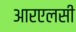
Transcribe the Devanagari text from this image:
आरएलसी